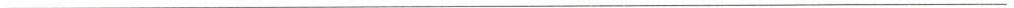
___